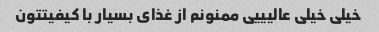
خیلی خیلی عالیییی ممنونم از غذای بسیار با کیفیتتون